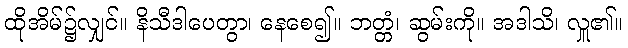
ထိုအိမ်၌လျှင်။ နိသီဒါပေတွာ၊ နေစေ၍။ ဘတ္တံ၊ ဆွမ်းကို။ အဒါသိ၊ လှူ၏။